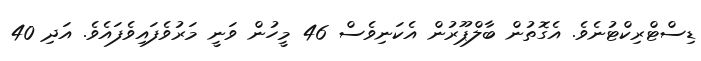
ޑިސްޓްރިކްޓުނެވެ. އެގޮތުން ބާލްޕޫރުން އެކަނިވެސް 46 މީހުން ވަނީ މަރުވެފައިވެފައެވެ. އަދި 40